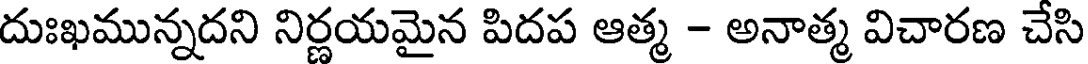
దుఃఖమున్నదని నిర్ణయమైన పిదప ఆత్మ - అనాత్మ విచారణ చేసి